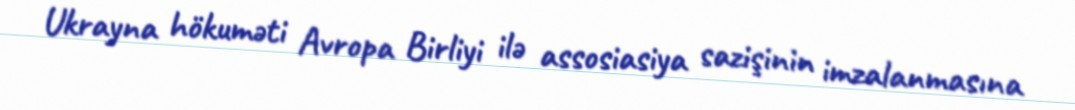
Ukrayna hökuməti Avropa Birliyi ilə assosiasiya sazişinin imzalanmasına